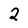
Character: 2